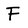
Character: F